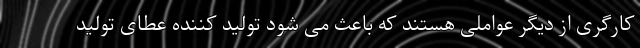
کارگری از دیگر عواملی هستند که باعث می شود تولید کننده عطای تولید